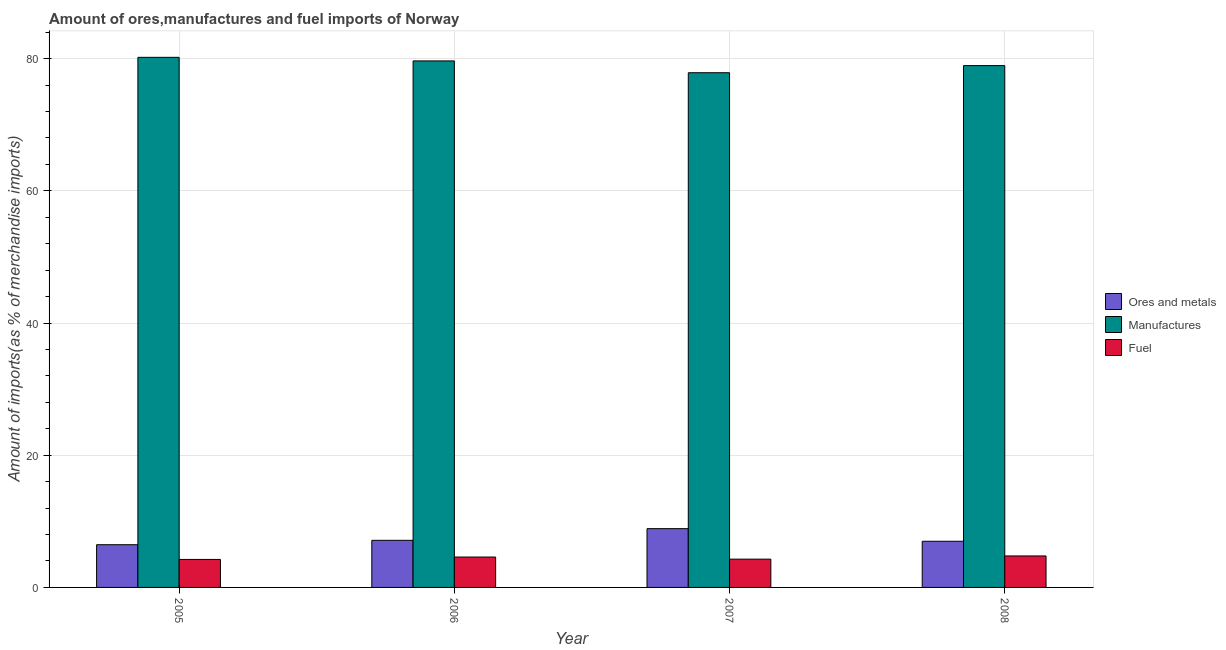
| Year | Ores and metals | Manufactures | Fuel |
 | --- | --- | --- | --- |
 | 2005 | 6.46 | 80.2 | 4.24 |
 | 2006 | 7.13 | 79.7 | 4.6 |
 | 2007 | 8.89 | 77.9 | 4.28 |
 | 2008 | 6.99 | 79 | 4.76 |